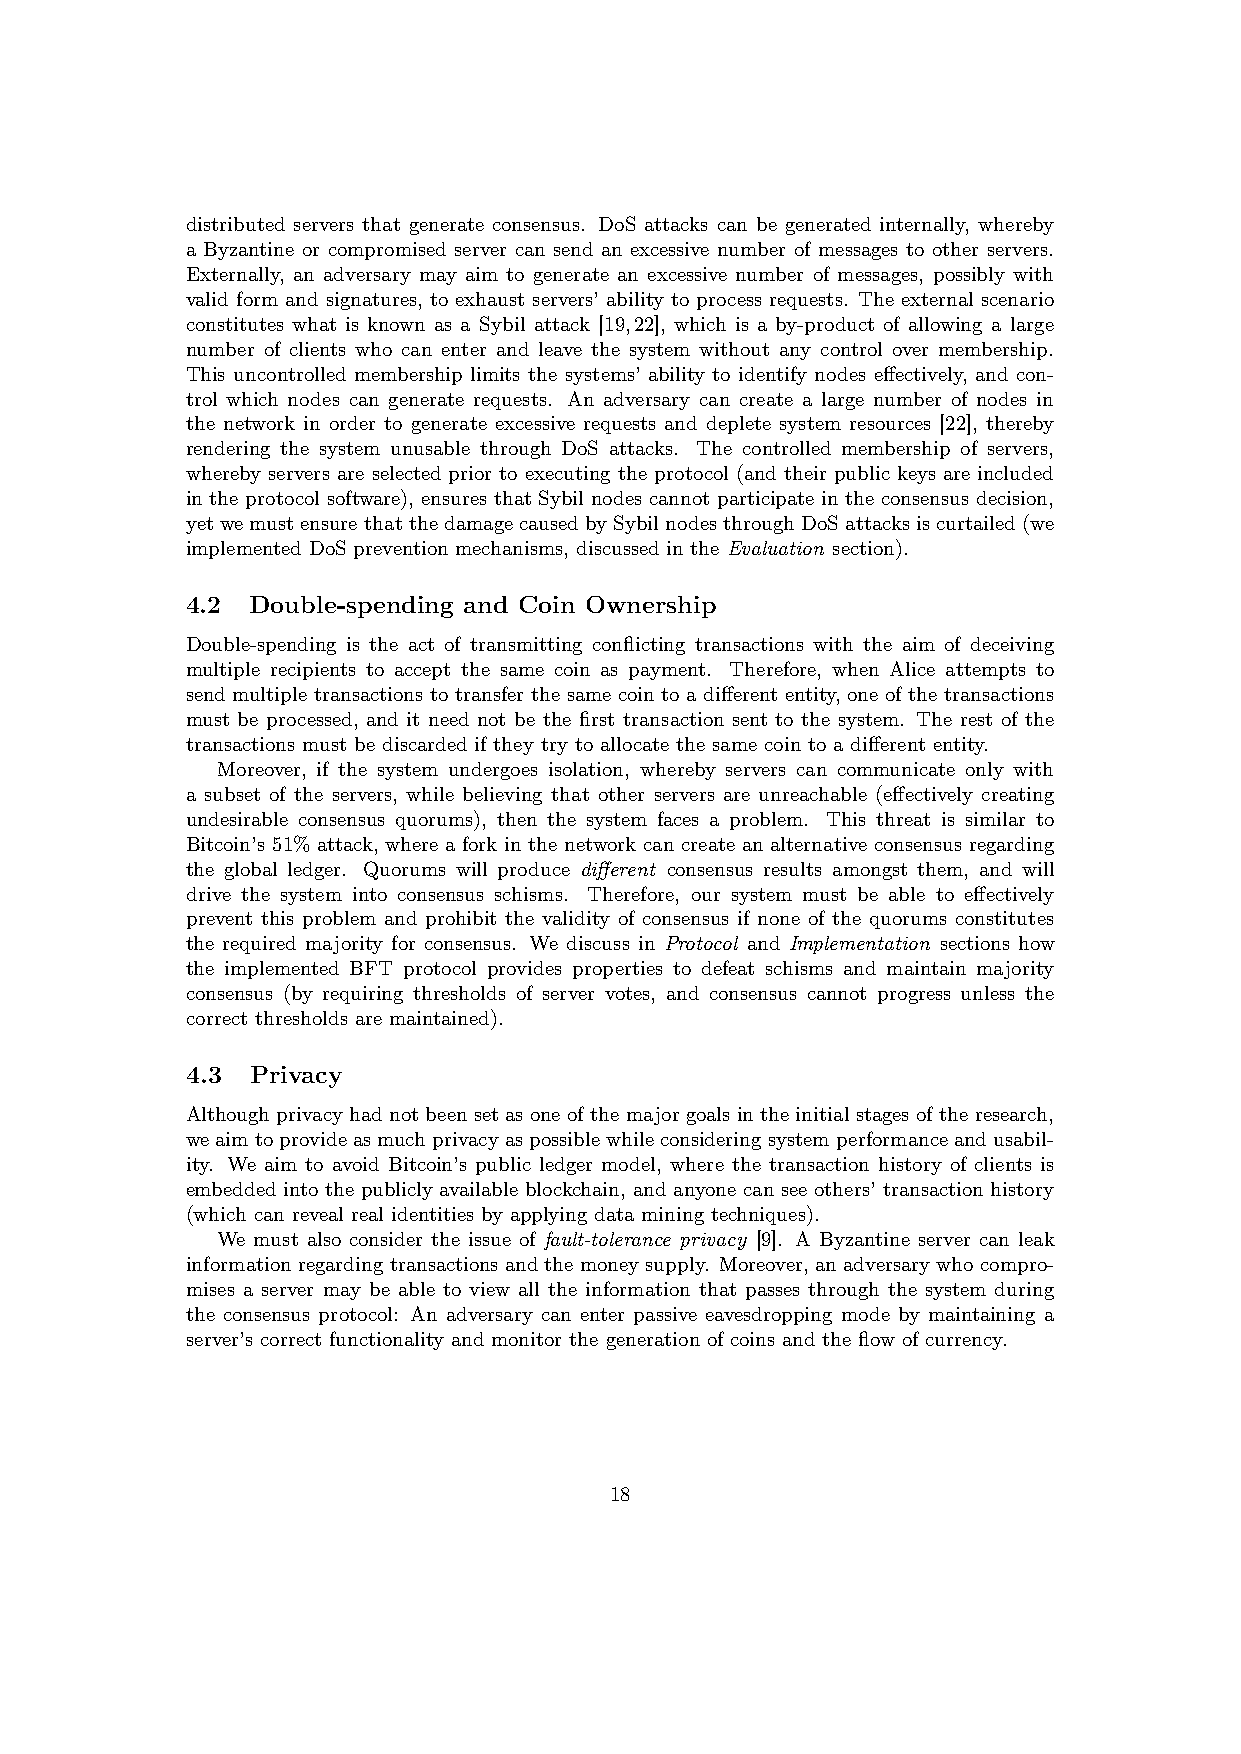
distributed servers that generate consensus. DoS attacks can be generated internally, whereby
 a Byzantine or compromised server can send an excessive number of messages to other servers.
 Externally, an adversary may aim to generate an excessive number of messages, possibly with
 valid form and signatures, to exhaust servers’ ability to process requests. The external scenario
 constitutes what is known as a Sybil attack [19,22], which is a by-product of allowing a large
 number of clients who can enter and leave the system without any control over membership.
 This uncontrolled membership limits the systems’ ability to identify nodes effectively, and con-
 trol which nodes can generate requests. An adversary can create a large number of nodes in
 the network in order to generate excessive requests and deplete system resources [22], thereby
 rendering the system unusable through DoS attacks. The controlled membership of servers,
 whereby servers are selected prior to executing the protocol (and their public keys are included
 in the protocol software), ensures that Sybil nodes cannot participate in the consensus decision,
 yet we must ensure that the damage caused by Sybil nodes through DoS attacks is curtailed (we
 implemented DoS prevention mechanisms, discussed in the Evaluation section).
 4.2  Double-spending and Coin Ownership
 Double-spending is the act of transmitting conflicting transactions with the aim of deceiving
 multiple recipients to accept the same coin as payment. Therefore, when Alice attempts to
 send multiple transactions to transfer the same coin to a different entity, one of the transactions
 must be processed, and it need not be the first transaction sent to the system. The rest of the
 transactions must be discarded if they try to allocate the same coin to a different entity.
 Moreover, if the system undergoes isolation, whereby servers can communicate only with
 a subset of the servers, while believing that other servers are unreachable (effectively creating
 undesirable consensus quorums), then the system faces a problem. This threat is similar to
 Bitcoin’s 51% attack, where a fork in the network can create an alternative consensus regarding
 the global ledger. Quorums will produce different consensus results amongst them, and will
 drive the system into consensus schisms. Therefore, our system must be able to effectively
 prevent this problem and prohibit the validity of consensus if none of the quorums constitutes
 the required majority for consensus. We discuss in Protocol and Implementation sections how
 the implemented BFT protocol provides properties to defeat schisms and maintain majority
 consensus (by requiring thresholds of server votes, and consensus cannot progress unless the
 correct thresholds are maintained).
 4.3  Privacy
 Although privacy had not been set as one of the major goals in the initial stages of the research,
 weaimtoprovideasmuchprivacyaspossiblewhileconsideringsystemperformanceandusabil-
 ity. We aim to avoid Bitcoin’s public ledger model, where the transaction history of clients is
 embedded into the publicly available blockchain, and anyone can see others’ transaction history
 (which can reveal real identities by applying data mining techniques).
 We must also consider the issue of fault-tolerance privacy [9]. A Byzantine server can leak
 information regarding transactions and the money supply. Moreover, an adversary who compro-
 mises a server may be able to view all the information that passes through the system during
 the consensus protocol: An adversary can enter passive eavesdropping mode by maintaining a
 server’s correct functionality and monitor the generation of coins and the flow of currency.
 18